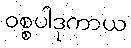
ဝစ္စပါဒုကာယ